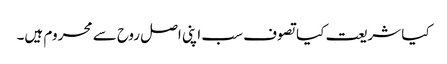
کیا شریعت کیا تصوف سب اپنی اصل روح سے محروم ہیں۔